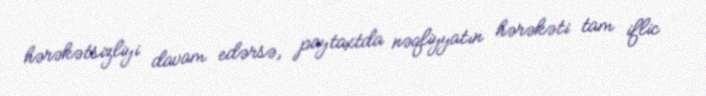
hərəkətsizliyi davam edərsə, paytaxtda nəqliyyatın hərəkəti tam iflic